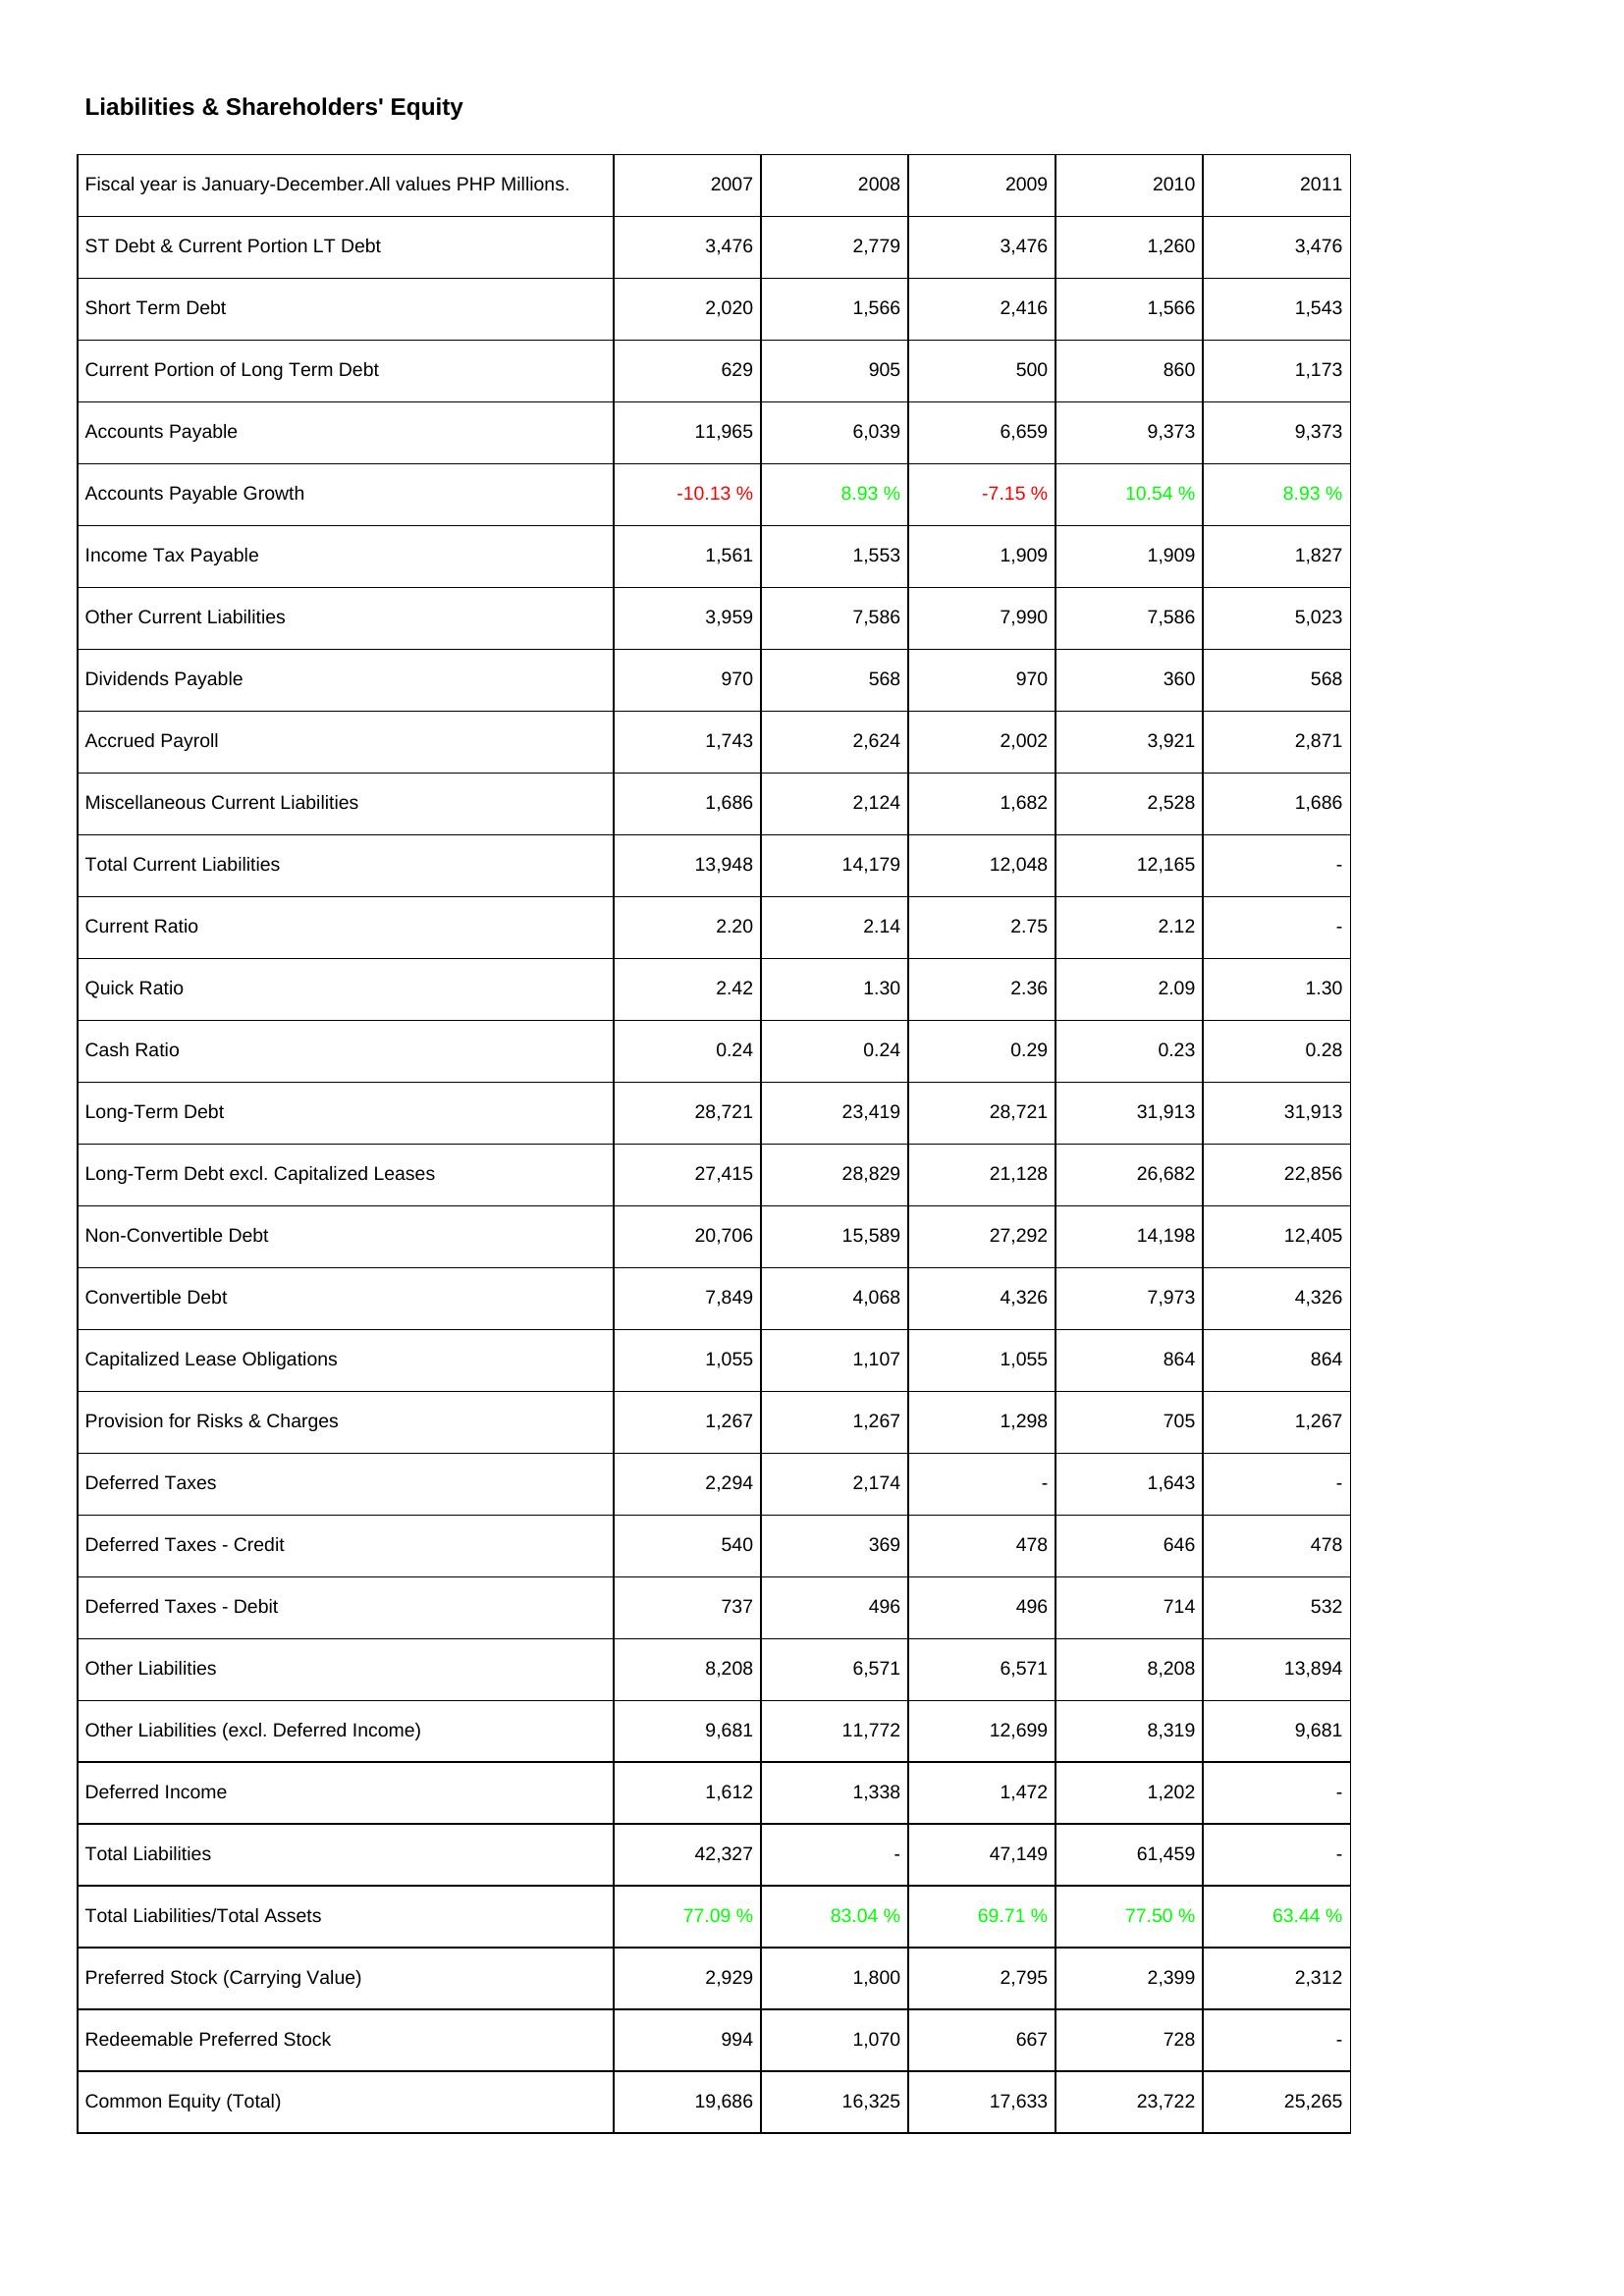
2007: Liabilities & Shareholders' Equity: ST Debt & Current Portion LT Debt: 3,476
Short Term Debt: 2,020
Current Portion of Long Term Debt: 629
Accounts Payable: 11,965
Accounts Payable Growth: -10.13 %
Income Tax Payable: 1,561
Other Current Liabilities: 3,959
Dividends Payable: 970
Accrued Payroll: 1,743
Miscellaneous Current Liabilities: 1,686
Total Current Liabilities: 13,948
Current Ratio: 2.20
Quick Ratio: 2.42
Cash Ratio: 0.24
Long-Term Debt: 28,721
Long-Term Debt excl. Capitalized Leases: 27,415
Non-Convertible Debt: 20,706
Convertible Debt: 7,849
Capitalized Lease Obligations: 1,055
Provision for Risks & Charges: 1,267
Deferred Taxes: 2,294
Deferred Taxes - Credit: 540
Deferred Taxes - Debit: 737
Other Liabilities: 8,208
Other Liabilities (excl. Deferred Income): 9,681
Deferred Income: 1,612
Total Liabilities: 42,327
Total Liabilities/Total Assets: 77.09 %
Preferred Stock (Carrying Value): 2,929
Redeemable Preferred Stock: 994
Common Equity (Total): 19,686
2008: Liabilities & Shareholders' Equity: ST Debt & Current Portion LT Debt: 2,779
Short Term Debt: 1,566
Current Portion of Long Term Debt: 905
Accounts Payable: 6,039
Accounts Payable Growth: 8.93 %
Income Tax Payable: 1,553
Other Current Liabilities: 7,586
Dividends Payable: 568
Accrued Payroll: 2,624
Miscellaneous Current Liabilities: 2,124
Total Current Liabilities: 14,179
Current Ratio: 2.14
Quick Ratio: 1.30
Cash Ratio: 0.24
Long-Term Debt: 23,419
Long-Term Debt excl. Capitalized Leases: 28,829
Non-Convertible Debt: 15,589
Convertible Debt: 4,068
Capitalized Lease Obligations: 1,107
Provision for Risks & Charges: 1,267
Deferred Taxes: 2,174
Deferred Taxes - Credit: 369
Deferred Taxes - Debit: 496
Other Liabilities: 6,571
Other Liabilities (excl. Deferred Income): 11,772
Deferred Income: 1,338
Total Liabilities: -
Total Liabilities/Total Assets: 83.04 %
Preferred Stock (Carrying Value): 1,800
Redeemable Preferred Stock: 1,070
Common Equity (Total): 16,325
2009: Liabilities & Shareholders' Equity: ST Debt & Current Portion LT Debt: 3,476
Short Term Debt: 2,416
Current Portion of Long Term Debt: 500
Accounts Payable: 6,659
Accounts Payable Growth: -7.15 %
Income Tax Payable: 1,909
Other Current Liabilities: 7,990
Dividends Payable: 970
Accrued Payroll: 2,002
Miscellaneous Current Liabilities: 1,682
Total Current Liabilities: 12,048
Current Ratio: 2.75
Quick Ratio: 2.36
Cash Ratio: 0.29
Long-Term Debt: 28,721
Long-Term Debt excl. Capitalized Leases: 21,128
Non-Convertible Debt: 27,292
Convertible Debt: 4,326
Capitalized Lease Obligations: 1,055
Provision for Risks & Charges: 1,298
Deferred Taxes: -
Deferred Taxes - Credit: 478
Deferred Taxes - Debit: 496
Other Liabilities: 6,571
Other Liabilities (excl. Deferred Income): 12,699
Deferred Income: 1,472
Total Liabilities: 47,149
Total Liabilities/Total Assets: 69.71 %
Preferred Stock (Carrying Value): 2,795
Redeemable Preferred Stock: 667
Common Equity (Total): 17,633
2010: Liabilities & Shareholders' Equity: ST Debt & Current Portion LT Debt: 1,260
Short Term Debt: 1,566
Current Portion of Long Term Debt: 860
Accounts Payable: 9,373
Accounts Payable Growth: 10.54 %
Income Tax Payable: 1,909
Other Current Liabilities: 7,586
Dividends Payable: 360
Accrued Payroll: 3,921
Miscellaneous Current Liabilities: 2,528
Total Current Liabilities: 12,165
Current Ratio: 2.12
Quick Ratio: 2.09
Cash Ratio: 0.23
Long-Term Debt: 31,913
Long-Term Debt excl. Capitalized Leases: 26,682
Non-Convertible Debt: 14,198
Convertible Debt: 7,973
Capitalized Lease Obligations: 864
Provision for Risks & Charges: 705
Deferred Taxes: 1,643
Deferred Taxes - Credit: 646
Deferred Taxes - Debit: 714
Other Liabilities: 8,208
Other Liabilities (excl. Deferred Income): 8,319
Deferred Income: 1,202
Total Liabilities: 61,459
Total Liabilities/Total Assets: 77.50 %
Preferred Stock (Carrying Value): 2,399
Redeemable Preferred Stock: 728
Common Equity (Total): 23,722
2011: Liabilities & Shareholders' Equity: ST Debt & Current Portion LT Debt: 3,476
Short Term Debt: 1,543
Current Portion of Long Term Debt: 1,173
Accounts Payable: 9,373
Accounts Payable Growth: 8.93 %
Income Tax Payable: 1,827
Other Current Liabilities: 5,023
Dividends Payable: 568
Accrued Payroll: 2,871
Miscellaneous Current Liabilities: 1,686
Total Current Liabilities: -
Current Ratio: -
Quick Ratio: 1.30
Cash Ratio: 0.28
Long-Term Debt: 31,913
Long-Term Debt excl. Capitalized Leases: 22,856
Non-Convertible Debt: 12,405
Convertible Debt: 4,326
Capitalized Lease Obligations: 864
Provision for Risks & Charges: 1,267
Deferred Taxes: -
Deferred Taxes - Credit: 478
Deferred Taxes - Debit: 532
Other Liabilities: 13,894
Other Liabilities (excl. Deferred Income): 9,681
Deferred Income: -
Total Liabilities: -
Total Liabilities/Total Assets: 63.44 %
Preferred Stock (Carrying Value): 2,312
Redeemable Preferred Stock: -
Common Equity (Total): 25,265